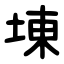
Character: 埬